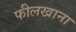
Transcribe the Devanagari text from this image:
फीलखाना